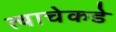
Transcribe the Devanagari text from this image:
त्याचेकडे